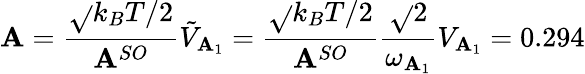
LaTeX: \mathbf{A}=\frac{{\sqrt{}{{k_{B}T/2}}}}{{\mathbf{A}^{SO}}}\tilde{{V}}_{\mathbf{A}_{1}}=\frac{{\sqrt{}{{k_{B}T/2}}}}{{\mathbf{A}^{SO}}}\frac{{\sqrt{}{{2}}}}{{\omega_{\mathbf{A}_{1}}}}V_{\mathbf{A}_{1}}=0.294